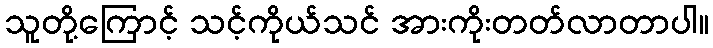
သူတို့ကြောင့် သင့်ကိုယ်သင် အားကိုးတတ်လာတာပါ။